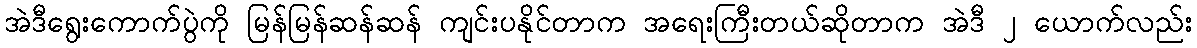
အဲဒီရွေးကောက်ပွဲကို မြန်မြန်ဆန်ဆန် ကျင်းပနိုင်တာက အရေးကြီးတယ်ဆိုတာက အဲဒီ ၂ ယောက်လည်း